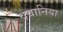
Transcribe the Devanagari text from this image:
ववानिया